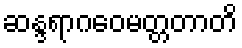
ဆန္ဒရာဂဝေမတ္တတာတိ